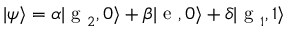
| \psi \rangle = \alpha | \textrm { g } _ { 2 } , 0 \rangle + \beta | \textrm { e } , 0 \rangle + \delta | \textrm { g } _ { 1 } , 1 \rangle